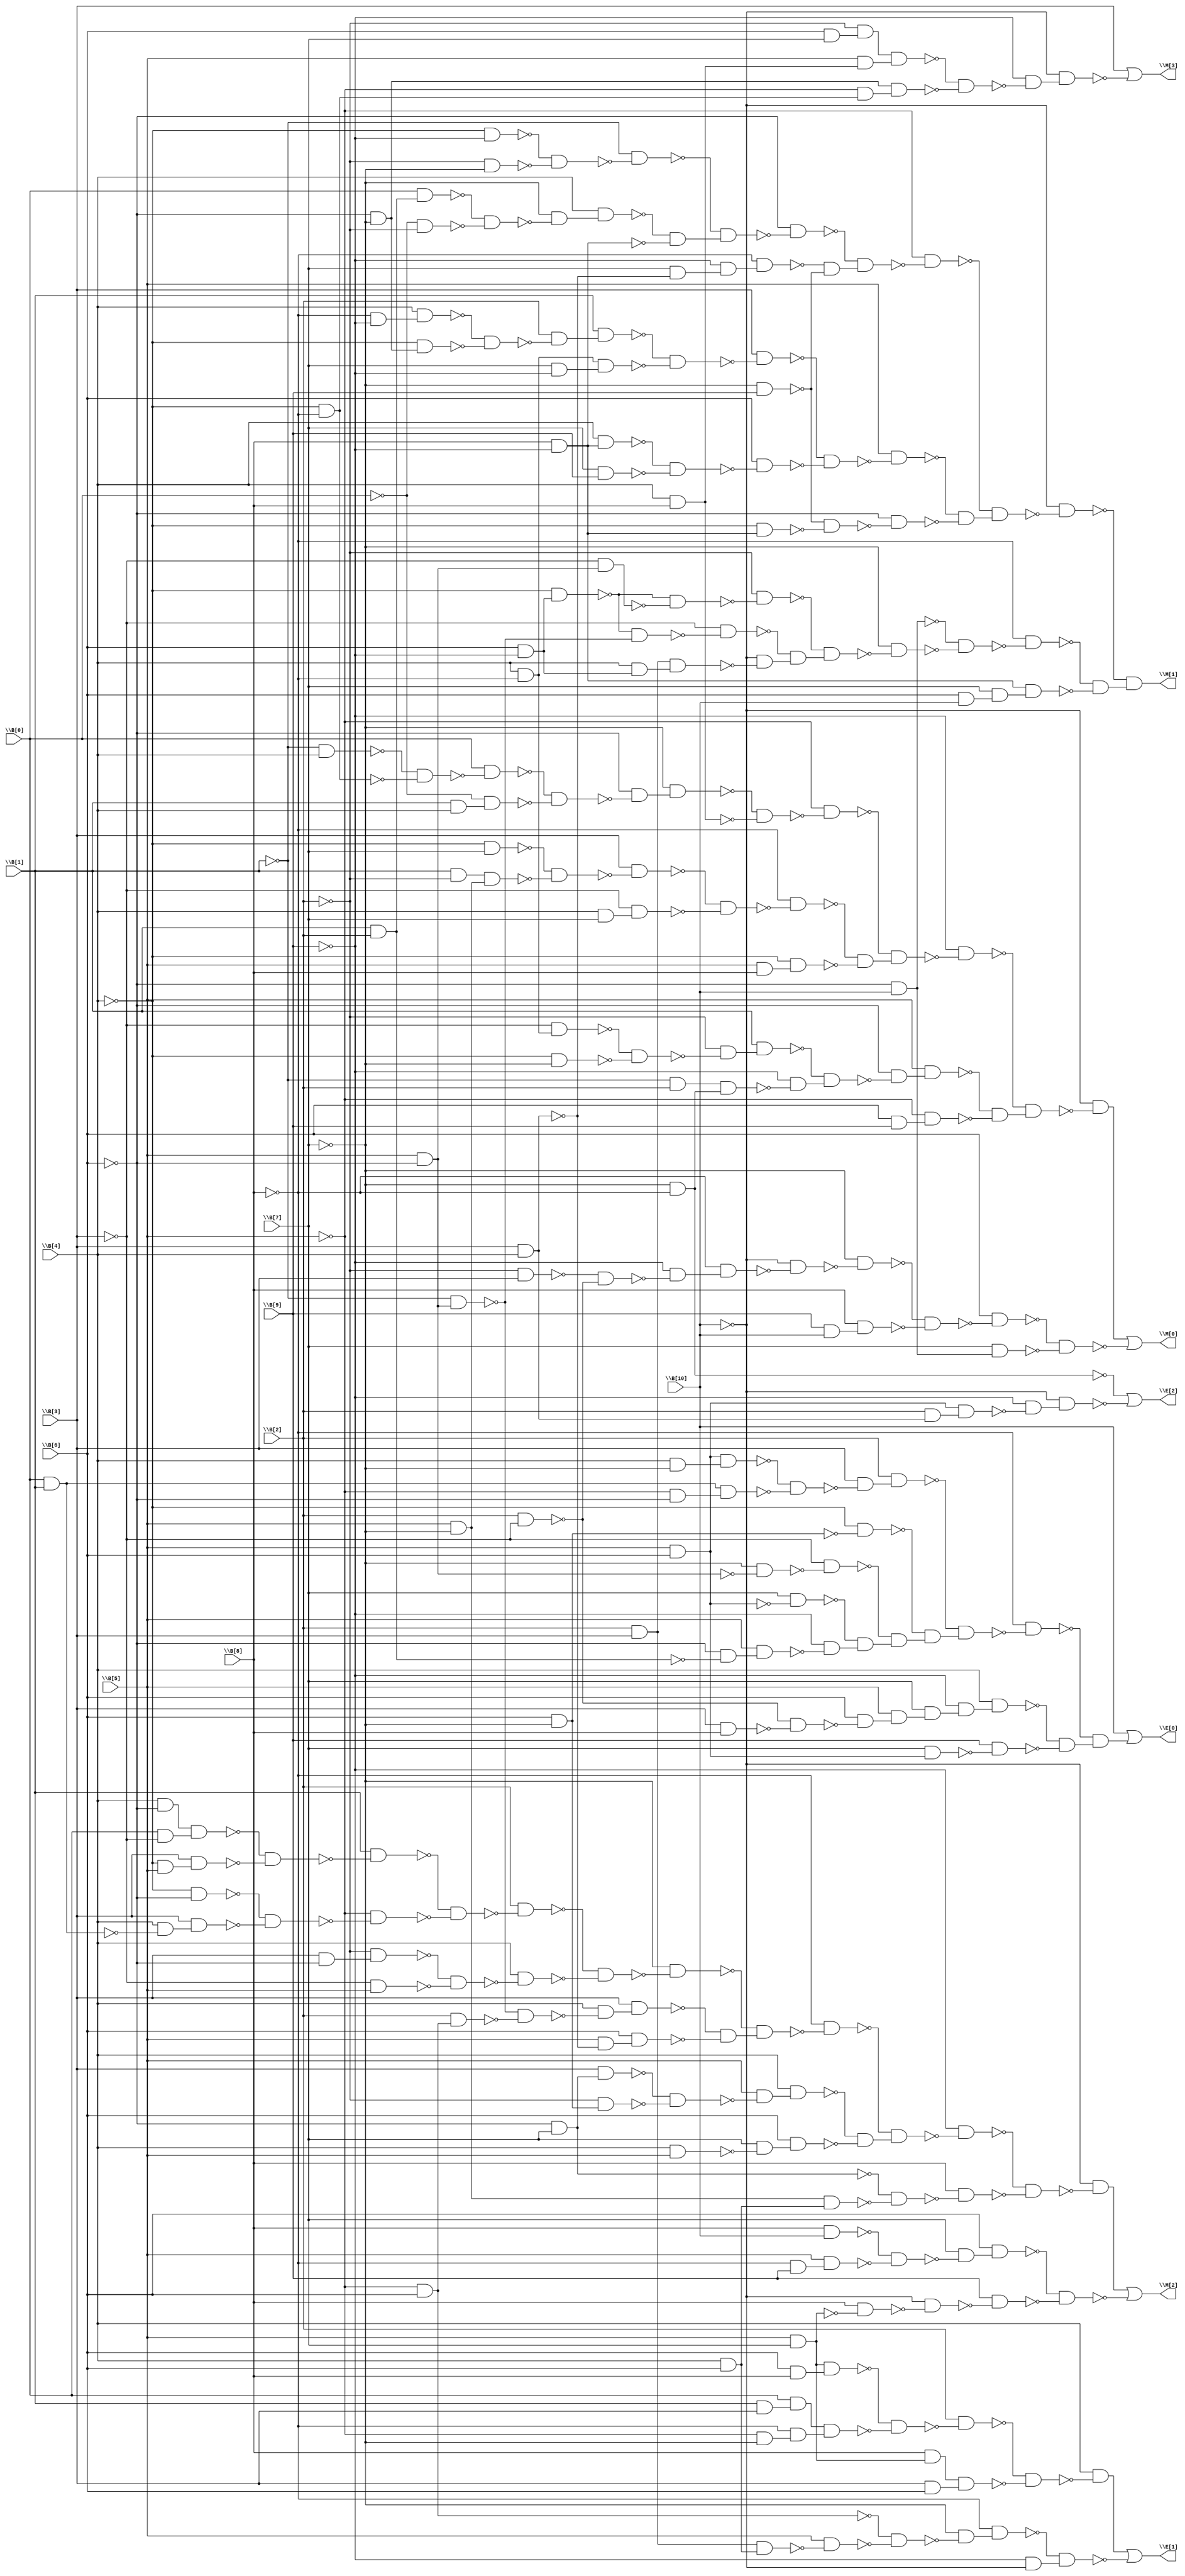
// Benchmark "top" written by ABC on Thu Oct  8 22:52:00 2020

module top ( 
    \B[0] , \B[1] , \B[2] , \B[3] , \B[4] , \B[5] , \B[6] , \B[7] , \B[8] ,
    \B[9] , \B[10] ,
    \M[0] , \M[1] , \M[2] , \M[3] , \E[0] , \E[1] , \E[2]   );
  input  \B[0] , \B[1] , \B[2] , \B[3] , \B[4] , \B[5] , \B[6] , \B[7] ,
    \B[8] , \B[9] , \B[10] ;
  output \M[0] , \M[1] , \M[2] , \M[3] , \E[0] , \E[1] , \E[2] ;
  wire new_n19_, new_n20_, new_n21_, new_n22_, new_n23_, new_n24_, new_n25_,
    new_n26_, new_n27_, new_n28_, new_n29_, new_n30_, new_n31_, new_n32_,
    new_n33_, new_n34_, new_n35_, new_n36_, new_n37_, new_n38_, new_n39_,
    new_n40_, new_n41_, new_n42_, new_n43_, new_n44_, new_n45_, new_n46_,
    new_n47_, new_n48_, new_n49_, new_n50_, new_n51_, new_n52_, new_n53_,
    new_n54_, new_n55_, new_n56_, new_n57_, new_n58_, new_n59_, new_n60_,
    new_n61_, new_n62_, new_n63_, new_n64_, new_n65_, new_n66_, new_n67_,
    new_n68_, new_n69_, new_n70_, new_n71_, new_n72_, new_n73_, new_n74_,
    new_n75_, new_n76_, new_n77_, new_n79_, new_n80_, new_n81_, new_n82_,
    new_n83_, new_n84_, new_n85_, new_n86_, new_n87_, new_n88_, new_n89_,
    new_n90_, new_n91_, new_n92_, new_n93_, new_n94_, new_n95_, new_n96_,
    new_n97_, new_n98_, new_n99_, new_n100_, new_n101_, new_n102_,
    new_n103_, new_n104_, new_n105_, new_n106_, new_n107_, new_n108_,
    new_n109_, new_n110_, new_n111_, new_n112_, new_n113_, new_n114_,
    new_n115_, new_n116_, new_n117_, new_n118_, new_n119_, new_n120_,
    new_n121_, new_n122_, new_n123_, new_n124_, new_n125_, new_n126_,
    new_n127_, new_n128_, new_n129_, new_n130_, new_n131_, new_n132_,
    new_n133_, new_n134_, new_n135_, new_n136_, new_n137_, new_n138_,
    new_n139_, new_n140_, new_n141_, new_n142_, new_n143_, new_n144_,
    new_n145_, new_n147_, new_n148_, new_n149_, new_n150_, new_n151_,
    new_n152_, new_n153_, new_n154_, new_n155_, new_n156_, new_n157_,
    new_n158_, new_n159_, new_n160_, new_n161_, new_n162_, new_n163_,
    new_n164_, new_n165_, new_n166_, new_n167_, new_n168_, new_n169_,
    new_n170_, new_n171_, new_n172_, new_n173_, new_n174_, new_n175_,
    new_n176_, new_n177_, new_n178_, new_n179_, new_n180_, new_n181_,
    new_n182_, new_n183_, new_n184_, new_n185_, new_n186_, new_n187_,
    new_n188_, new_n189_, new_n190_, new_n191_, new_n192_, new_n193_,
    new_n194_, new_n195_, new_n196_, new_n197_, new_n198_, new_n199_,
    new_n200_, new_n201_, new_n202_, new_n203_, new_n204_, new_n205_,
    new_n206_, new_n207_, new_n208_, new_n210_, new_n211_, new_n212_,
    new_n213_, new_n214_, new_n215_, new_n216_, new_n217_, new_n218_,
    new_n220_, new_n221_, new_n222_, new_n223_, new_n224_, new_n225_,
    new_n226_, new_n227_, new_n228_, new_n229_, new_n230_, new_n231_,
    new_n232_, new_n233_, new_n234_, new_n235_, new_n236_, new_n237_,
    new_n238_, new_n239_, new_n240_, new_n241_, new_n242_, new_n243_,
    new_n244_, new_n245_, new_n246_, new_n247_, new_n248_, new_n249_,
    new_n250_, new_n252_, new_n253_, new_n254_, new_n255_, new_n256_,
    new_n257_, new_n258_, new_n259_, new_n260_, new_n261_, new_n262_,
    new_n263_, new_n264_, new_n265_, new_n266_, new_n267_, new_n268_,
    new_n269_, new_n270_, new_n271_, new_n272_, new_n274_, new_n275_,
    new_n276_, new_n277_;
  assign new_n19_ = ~\B[1]  & \B[4] ;
  assign new_n20_ = ~\B[4]  & ~\B[8] ;
  assign new_n21_ = ~new_n19_ & ~new_n20_;
  assign new_n22_ = \B[0]  & ~new_n21_;
  assign new_n23_ = \B[1]  & \B[4] ;
  assign new_n24_ = ~\B[0]  & new_n23_;
  assign new_n25_ = ~new_n22_ & ~new_n24_;
  assign new_n26_ = ~\B[6]  & ~new_n25_;
  assign new_n27_ = ~\B[7]  & new_n26_;
  assign new_n28_ = \B[4]  & \B[8] ;
  assign new_n29_ = ~new_n27_ & ~new_n28_;
  assign new_n30_ = ~\B[5]  & ~new_n29_;
  assign new_n31_ = ~\B[4]  & \B[7] ;
  assign new_n32_ = \B[1]  & ~\B[2] ;
  assign new_n33_ = \B[5]  & ~\B[7] ;
  assign new_n34_ = new_n32_ & new_n33_;
  assign new_n35_ = ~new_n31_ & ~new_n34_;
  assign new_n36_ = \B[3]  & ~new_n35_;
  assign new_n37_ = \B[4]  & \B[7] ;
  assign new_n38_ = ~\B[3]  & new_n37_;
  assign new_n39_ = ~new_n36_ & ~new_n38_;
  assign new_n40_ = ~\B[8]  & ~new_n39_;
  assign new_n41_ = \B[5]  & \B[8] ;
  assign new_n42_ = ~\B[4]  & new_n41_;
  assign new_n43_ = ~new_n40_ & ~new_n42_;
  assign new_n44_ = ~new_n30_ & new_n43_;
  assign new_n45_ = ~\B[9]  & ~new_n44_;
  assign new_n46_ = \B[4]  & ~\B[8] ;
  assign new_n47_ = ~\B[3]  & new_n46_;
  assign new_n48_ = ~\B[4]  & ~\B[7] ;
  assign new_n49_ = ~new_n47_ & ~new_n48_;
  assign new_n50_ = ~\B[2]  & ~new_n49_;
  assign new_n51_ = \B[1]  & new_n50_;
  assign new_n52_ = ~\B[1]  & \B[2] ;
  assign new_n53_ = ~\B[7]  & ~\B[8] ;
  assign new_n54_ = new_n52_ & new_n53_;
  assign new_n55_ = ~\B[9]  & ~new_n54_;
  assign new_n56_ = ~new_n51_ & new_n55_;
  assign new_n57_ = ~\B[6]  & ~new_n56_;
  assign new_n58_ = \B[5]  & new_n57_;
  assign new_n59_ = \B[6]  & \B[9] ;
  assign new_n60_ = ~\B[5]  & new_n59_;
  assign new_n61_ = ~new_n58_ & ~new_n60_;
  assign new_n62_ = ~new_n45_ & new_n61_;
  assign new_n63_ = ~\B[10]  & ~new_n62_;
  assign new_n64_ = ~\B[2]  & \B[3] ;
  assign new_n65_ = \B[2]  & ~\B[3] ;
  assign new_n66_ = ~new_n64_ & ~new_n65_;
  assign new_n67_ = ~\B[9]  & ~new_n66_;
  assign new_n68_ = ~\B[8]  & new_n67_;
  assign new_n69_ = ~\B[10]  & ~new_n68_;
  assign new_n70_ = ~\B[7]  & ~new_n69_;
  assign new_n71_ = \B[9]  & \B[10] ;
  assign new_n72_ = \B[8]  & new_n71_;
  assign new_n73_ = ~new_n70_ & ~new_n72_;
  assign new_n74_ = \B[6]  & ~new_n73_;
  assign new_n75_ = ~\B[6]  & \B[10] ;
  assign new_n76_ = \B[7]  & new_n75_;
  assign new_n77_ = ~new_n74_ & ~new_n76_;
  assign \M[0]  = new_n63_ | ~new_n77_;
  assign new_n79_ = ~\B[4]  & ~\B[9] ;
  assign new_n80_ = ~\B[2]  & ~\B[7] ;
  assign new_n81_ = ~new_n79_ & ~new_n80_;
  assign new_n82_ = ~\B[1]  & ~new_n81_;
  assign new_n83_ = \B[1]  & \B[2] ;
  assign new_n84_ = \B[0]  & new_n83_;
  assign new_n85_ = ~\B[0]  & ~\B[2] ;
  assign new_n86_ = ~new_n84_ & ~new_n85_;
  assign new_n87_ = ~\B[7]  & ~new_n86_;
  assign new_n88_ = \B[4]  & new_n87_;
  assign new_n89_ = \B[8]  & ~\B[9] ;
  assign new_n90_ = ~new_n88_ & ~new_n89_;
  assign new_n91_ = ~new_n82_ & new_n90_;
  assign new_n92_ = ~\B[6]  & ~new_n91_;
  assign new_n93_ = \B[3]  & \B[4] ;
  assign new_n94_ = \B[7]  & ~new_n93_;
  assign new_n95_ = ~\B[9]  & new_n94_;
  assign new_n96_ = ~\B[8]  & new_n95_;
  assign new_n97_ = ~\B[7]  & \B[9] ;
  assign new_n98_ = ~new_n96_ & ~new_n97_;
  assign new_n99_ = ~new_n92_ & new_n98_;
  assign new_n100_ = ~\B[5]  & ~new_n99_;
  assign new_n101_ = ~\B[8]  & ~\B[9] ;
  assign new_n102_ = \B[4]  & new_n101_;
  assign new_n103_ = ~\B[6]  & ~\B[7] ;
  assign new_n104_ = ~\B[4]  & new_n103_;
  assign new_n105_ = ~new_n102_ & ~new_n104_;
  assign new_n106_ = \B[2]  & ~new_n105_;
  assign new_n107_ = \B[1]  & new_n106_;
  assign new_n108_ = \B[7]  & ~\B[9] ;
  assign new_n109_ = new_n46_ & new_n108_;
  assign new_n110_ = ~new_n107_ & ~new_n109_;
  assign new_n111_ = \B[3]  & ~new_n110_;
  assign new_n112_ = \B[4]  & new_n89_;
  assign new_n113_ = \B[7]  & \B[9] ;
  assign new_n114_ = ~new_n112_ & ~new_n113_;
  assign new_n115_ = \B[6]  & ~new_n114_;
  assign new_n116_ = ~new_n111_ & ~new_n115_;
  assign new_n117_ = \B[5]  & ~new_n116_;
  assign new_n118_ = ~\B[4]  & new_n89_;
  assign new_n119_ = ~new_n97_ & ~new_n118_;
  assign new_n120_ = ~\B[6]  & ~new_n119_;
  assign new_n121_ = ~new_n117_ & ~new_n120_;
  assign new_n122_ = ~new_n100_ & new_n121_;
  assign new_n123_ = ~\B[10]  & ~new_n122_;
  assign new_n124_ = \B[6]  & ~\B[9] ;
  assign new_n125_ = ~\B[4]  & new_n124_;
  assign new_n126_ = \B[5]  & ~\B[6] ;
  assign new_n127_ = ~\B[3]  & new_n126_;
  assign new_n128_ = ~new_n125_ & ~new_n127_;
  assign new_n129_ = ~\B[2]  & ~new_n128_;
  assign new_n130_ = ~\B[1]  & new_n126_;
  assign new_n131_ = ~new_n125_ & ~new_n130_;
  assign new_n132_ = ~\B[3]  & ~new_n131_;
  assign new_n133_ = \B[2]  & \B[3] ;
  assign new_n134_ = \B[4]  & new_n124_;
  assign new_n135_ = new_n133_ & new_n134_;
  assign new_n136_ = ~\B[10]  & ~new_n135_;
  assign new_n137_ = ~new_n132_ & new_n136_;
  assign new_n138_ = ~new_n129_ & new_n137_;
  assign new_n139_ = ~\B[7]  & ~new_n138_;
  assign new_n140_ = ~new_n75_ & ~new_n139_;
  assign new_n141_ = ~\B[8]  & ~new_n140_;
  assign new_n142_ = \B[6]  & \B[10] ;
  assign new_n143_ = \B[7]  & new_n142_;
  assign new_n144_ = new_n89_ & new_n143_;
  assign new_n145_ = ~new_n141_ & ~new_n144_;
  assign \M[1]  = ~new_n123_ & new_n145_;
  assign new_n147_ = \B[4]  & ~\B[6] ;
  assign new_n148_ = \B[0]  & ~\B[3] ;
  assign new_n149_ = new_n147_ & new_n148_;
  assign new_n150_ = ~\B[4]  & \B[5] ;
  assign new_n151_ = \B[3]  & new_n150_;
  assign new_n152_ = ~new_n149_ & ~new_n151_;
  assign new_n153_ = \B[1]  & ~new_n152_;
  assign new_n154_ = ~\B[4]  & ~\B[6] ;
  assign new_n155_ = \B[0]  & \B[1] ;
  assign new_n156_ = \B[4]  & ~new_n155_;
  assign new_n157_ = \B[3]  & new_n156_;
  assign new_n158_ = ~new_n154_ & ~new_n157_;
  assign new_n159_ = ~\B[5]  & ~new_n158_;
  assign new_n160_ = ~new_n153_ & ~new_n159_;
  assign new_n161_ = \B[2]  & ~new_n160_;
  assign new_n162_ = \B[3]  & ~\B[6] ;
  assign new_n163_ = ~\B[2]  & new_n162_;
  assign new_n164_ = ~\B[3]  & \B[5] ;
  assign new_n165_ = ~new_n163_ & ~new_n164_;
  assign new_n166_ = \B[4]  & ~new_n165_;
  assign new_n167_ = ~new_n161_ & ~new_n166_;
  assign new_n168_ = ~\B[7]  & ~new_n167_;
  assign new_n169_ = ~\B[5]  & \B[6] ;
  assign new_n170_ = \B[2]  & new_n169_;
  assign new_n171_ = ~new_n130_ & ~new_n170_;
  assign new_n172_ = \B[4]  & ~new_n171_;
  assign new_n173_ = \B[3]  & new_n172_;
  assign new_n174_ = \B[5]  & ~new_n93_;
  assign new_n175_ = \B[6]  & new_n174_;
  assign new_n176_ = ~new_n173_ & ~new_n175_;
  assign new_n177_ = ~new_n168_ & new_n176_;
  assign new_n178_ = ~\B[8]  & ~new_n177_;
  assign new_n179_ = ~\B[6]  & \B[7] ;
  assign new_n180_ = \B[3]  & new_n179_;
  assign new_n181_ = \B[6]  & ~\B[7] ;
  assign new_n182_ = ~\B[2]  & new_n181_;
  assign new_n183_ = ~new_n180_ & ~new_n182_;
  assign new_n184_ = \B[5]  & ~new_n183_;
  assign new_n185_ = \B[4]  & new_n184_;
  assign new_n186_ = \B[4]  & \B[5] ;
  assign new_n187_ = \B[7]  & ~new_n186_;
  assign new_n188_ = \B[6]  & new_n187_;
  assign new_n189_ = ~new_n185_ & ~new_n188_;
  assign new_n190_ = ~new_n178_ & new_n189_;
  assign new_n191_ = ~\B[9]  & ~new_n190_;
  assign new_n192_ = \B[4]  & \B[6] ;
  assign new_n193_ = new_n33_ & new_n192_;
  assign new_n194_ = ~new_n179_ & ~new_n193_;
  assign new_n195_ = \B[8]  & ~new_n194_;
  assign new_n196_ = ~new_n191_ & ~new_n195_;
  assign new_n197_ = ~\B[10]  & ~new_n196_;
  assign new_n198_ = \B[8]  & \B[10] ;
  assign new_n199_ = ~\B[8]  & \B[9] ;
  assign new_n200_ = \B[5]  & new_n199_;
  assign new_n201_ = ~new_n198_ & ~new_n200_;
  assign new_n202_ = \B[7]  & ~new_n201_;
  assign new_n203_ = \B[6]  & new_n202_;
  assign new_n204_ = \B[5]  & \B[7] ;
  assign new_n205_ = \B[8]  & ~new_n204_;
  assign new_n206_ = ~\B[10]  & ~new_n205_;
  assign new_n207_ = \B[9]  & ~new_n206_;
  assign new_n208_ = ~new_n203_ & ~new_n207_;
  assign \M[2]  = new_n197_ | ~new_n208_;
  assign new_n210_ = \B[6]  & \B[7] ;
  assign new_n211_ = ~\B[2]  & new_n210_;
  assign new_n212_ = \B[5]  & new_n28_;
  assign new_n213_ = new_n211_ & new_n212_;
  assign new_n214_ = ~\B[5]  & new_n20_;
  assign new_n215_ = new_n103_ & new_n214_;
  assign new_n216_ = ~new_n213_ & ~new_n215_;
  assign new_n217_ = ~\B[9]  & ~new_n216_;
  assign new_n218_ = ~\B[10]  & new_n217_;
  assign \M[3]  = \B[3]  | ~new_n218_;
  assign new_n220_ = \B[5]  & \B[6] ;
  assign new_n221_ = \B[4]  & ~\B[7] ;
  assign new_n222_ = new_n220_ & new_n221_;
  assign new_n223_ = ~\B[5]  & ~\B[6] ;
  assign new_n224_ = new_n155_ & new_n223_;
  assign new_n225_ = ~new_n222_ & ~new_n224_;
  assign new_n226_ = \B[3]  & ~new_n225_;
  assign new_n227_ = \B[2]  & new_n226_;
  assign new_n228_ = ~\B[4]  & ~new_n181_;
  assign new_n229_ = ~\B[7]  & ~new_n126_;
  assign new_n230_ = ~\B[3]  & ~new_n229_;
  assign new_n231_ = \B[7]  & ~new_n220_;
  assign new_n232_ = ~\B[6]  & ~new_n83_;
  assign new_n233_ = \B[5]  & new_n232_;
  assign new_n234_ = ~\B[9]  & ~new_n233_;
  assign new_n235_ = ~new_n231_ & new_n234_;
  assign new_n236_ = ~new_n230_ & new_n235_;
  assign new_n237_ = ~new_n228_ & new_n236_;
  assign new_n238_ = ~new_n227_ & new_n237_;
  assign new_n239_ = ~\B[8]  & ~new_n238_;
  assign new_n240_ = \B[3]  & \B[8] ;
  assign new_n241_ = ~new_n65_ & ~new_n240_;
  assign new_n242_ = \B[6]  & ~new_n241_;
  assign new_n243_ = \B[5]  & new_n242_;
  assign new_n244_ = \B[7]  & new_n243_;
  assign new_n245_ = ~\B[9]  & new_n244_;
  assign new_n246_ = \B[4]  & new_n245_;
  assign new_n247_ = \B[7]  & new_n220_;
  assign new_n248_ = \B[9]  & ~new_n247_;
  assign new_n249_ = ~new_n246_ & ~new_n248_;
  assign new_n250_ = ~new_n239_ & new_n249_;
  assign \E[0]  = \B[10]  | new_n250_;
  assign new_n252_ = \B[6]  & \B[8] ;
  assign new_n253_ = new_n204_ & new_n252_;
  assign new_n254_ = \B[1]  & \B[3] ;
  assign new_n255_ = \B[0]  & new_n254_;
  assign new_n256_ = ~\B[5]  & ~\B[7] ;
  assign new_n257_ = ~\B[8]  & new_n256_;
  assign new_n258_ = new_n255_ & new_n257_;
  assign new_n259_ = ~new_n253_ & ~new_n258_;
  assign new_n260_ = \B[2]  & ~new_n259_;
  assign new_n261_ = \B[8]  & new_n204_;
  assign new_n262_ = \B[3]  & \B[6] ;
  assign new_n263_ = new_n261_ & new_n262_;
  assign new_n264_ = ~new_n260_ & ~new_n263_;
  assign new_n265_ = \B[4]  & ~new_n264_;
  assign new_n266_ = new_n133_ & new_n192_;
  assign new_n267_ = \B[5]  & ~new_n266_;
  assign new_n268_ = ~new_n169_ & ~new_n267_;
  assign new_n269_ = ~\B[7]  & ~new_n268_;
  assign new_n270_ = ~\B[8]  & new_n269_;
  assign new_n271_ = ~\B[9]  & ~\B[10] ;
  assign new_n272_ = ~new_n270_ & new_n271_;
  assign \E[1]  = new_n265_ | ~new_n272_;
  assign new_n274_ = \B[2]  & new_n93_;
  assign new_n275_ = new_n220_ & new_n274_;
  assign new_n276_ = ~\B[9]  & ~new_n275_;
  assign new_n277_ = ~\B[10]  & new_n276_;
  assign \E[2]  = ~new_n53_ | ~new_n277_;
endmodule